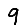
Digit: 9